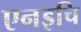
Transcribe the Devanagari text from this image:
एनइचि